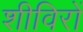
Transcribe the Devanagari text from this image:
शीविरों